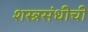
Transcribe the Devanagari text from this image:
शस्त्रसंधीची